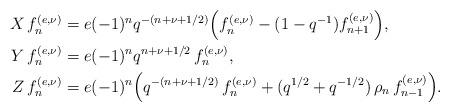
LaTeX: \begin{align*} \begin{aligned} X\,f_{n}^{(e,\nu)}&=e (-1)^{n}q^{-(n+\nu+1/2)}\Big(f_{n}^{(e,\nu)}-(1-q^{-1}) f_{n+1}^{(e,\nu)}\Big), \\ Y\, f_{n}^{(e,\nu)}&=e(-1)^{n}q^{n+\nu+1/2}\,f_{n}^{(e,\nu)}, \\ Z\,f_{n}^{(e,\nu)}&=e(-1)^{n}\Big(q^{-(n+\nu+1/2)}\,f_{n}^{(e,\nu)}+(q^{1/2}+q^{-1/2})\,\rho_n \,f_{n-1}^{(e,\nu)}\Big). \end{aligned}\end{align*}